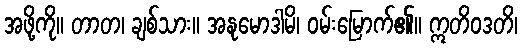
အဖို့ကို။ တာတ၊ ချစ်သား။ အနုမောဒါမိ၊ ဝမ်းမြောက်၏။ ဣတိဝဒတိ၊